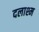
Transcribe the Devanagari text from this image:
दलाश्म